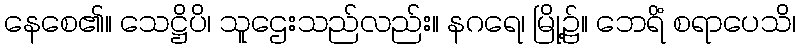
နေစေ၏။ သေဋ္ဌိပိ၊ သူဌေးသည်လည်း။ နဂရေ၊ မြို့၌။ ဘေရိံ စရာပေသိ၊